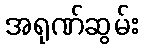
အရုဏ်ဆွမ်း